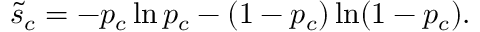
\tilde { s } _ { c } = - p _ { c } \ln { p _ { c } } - ( 1 - p _ { c } ) \ln ( 1 - p _ { c } ) .